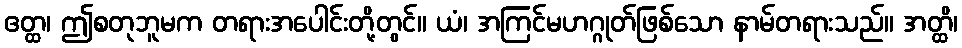
ဧတ္ထ၊ ဤစတုဘူမက တရားအပေါင်းတို့တွင်။ ယံ၊ အကြင်မဟဂ္ဂုတ်ဖြစ်သော နာမ်တရားသည်။ အတ္ထိ၊